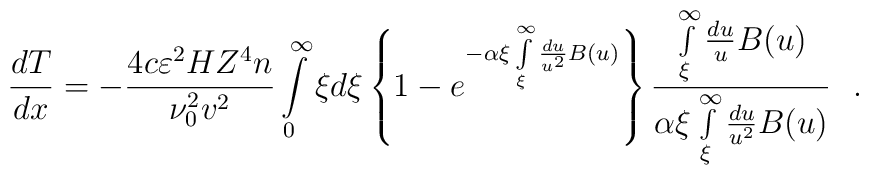
\frac{dT}{dx} = - \frac{4c\varepsilon ^2HZ^4n}{\nu _0 ^2v ^2}\int\limits_0^\infty \xi d\xi \left\{ 1 - e^{  - \alpha \xi \int\limits_{\xi }^\infty \frac{du}{u^2} B( u )} \right\} \frac{\int\limits_\xi ^\infty \frac{du}{u} B( u )}{\alpha \xi \int\limits_\xi ^\infty \frac{du}{u^2} B( u )} ~~.